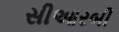
સીઆરબી